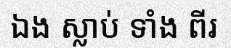
ឯង ស្លាប់ ទាំង ពីរ